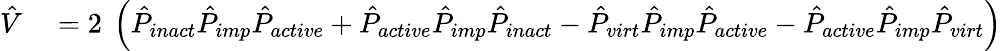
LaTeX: \begin{array}{rl}{\hat{V}}&{{}=2\ \left(\hat{P}_{inact}\hat{P}_{imp}\hat{P}_{active}+\hat{P}_{active}\hat{P}_{imp}\hat{P}_{inact}-\hat{P}_{virt}\hat{P}_{imp}\hat{P}_{active}-\hat{P}_{active}\hat{P}_{imp}\hat{P}_{virt}\right)}\end{array}